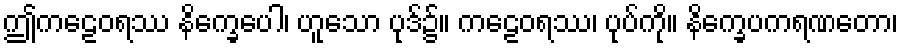
ဤကဠေဝရဿ နိက္ခေပေါ၊ ဟူသော ပုဒ်၌။ ကဠေဝရဿ၊ ပုပ်ကို။ နိက္ခေပကရဏတော၊